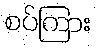
စပ်ကြား